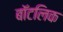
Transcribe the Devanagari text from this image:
बॉटलिक